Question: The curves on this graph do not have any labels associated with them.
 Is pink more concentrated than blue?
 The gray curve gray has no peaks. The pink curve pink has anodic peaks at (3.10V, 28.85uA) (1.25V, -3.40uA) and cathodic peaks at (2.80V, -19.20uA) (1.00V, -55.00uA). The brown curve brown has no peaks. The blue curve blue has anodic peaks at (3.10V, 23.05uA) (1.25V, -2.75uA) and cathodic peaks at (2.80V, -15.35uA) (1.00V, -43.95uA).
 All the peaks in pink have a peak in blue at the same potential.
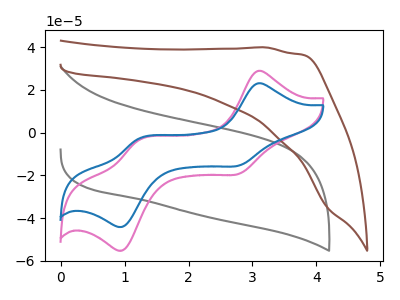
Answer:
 <answer>I cant tell if "pink" or "blue" has higher concentration.</answer>
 <eval>mixed_concentration</eval>